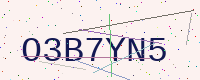
Text: O3B7YN5